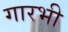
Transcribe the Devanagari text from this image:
गारभी